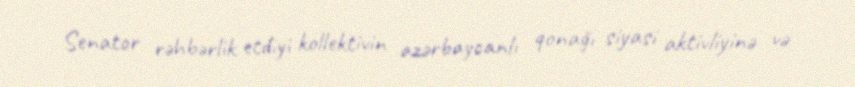
Senator rəhbərlik etdiyi kollektivin azərbaycanlı qonağı siyasi aktivliyinə və